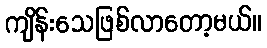
ကျိန်းသေဖြစ်လာတော့မယ်။